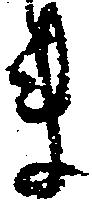
ま